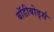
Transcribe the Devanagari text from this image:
बॉडीबोर्ड्स